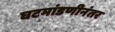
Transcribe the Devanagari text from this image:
घटमांडणीनंतर